Annual report of the Punjab Veterinary College and of the Civil Veterinary Department, Punjab - 1920-1925
Year: 1920
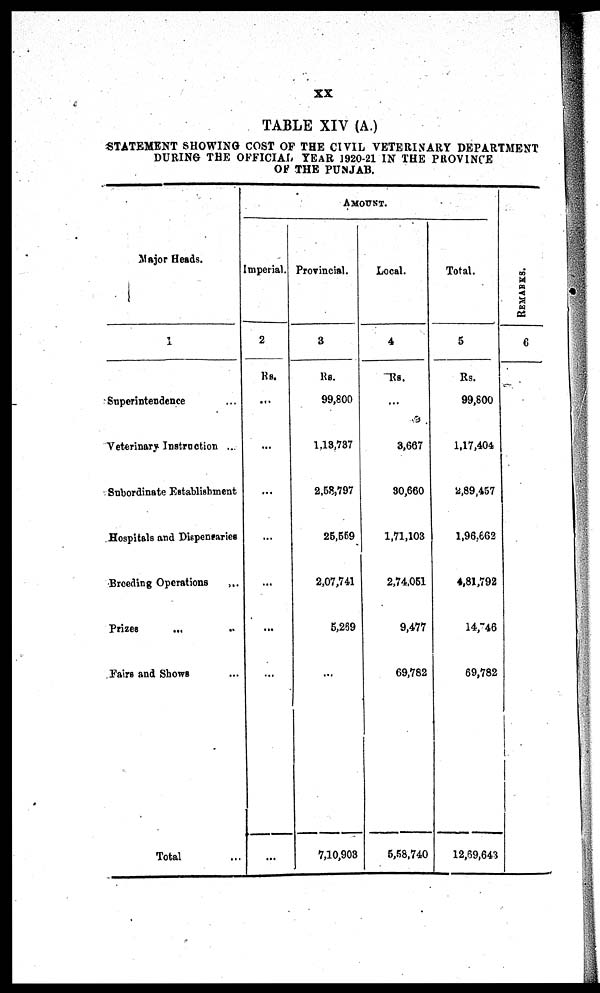
XX
TABLE XIV (A.)
STATEMENT SHOWI NG COST OF THE CIVIL VETERINARY DEPARTMENT
DURING THE OFFICIAL YEAR 1920-21 IN THE PROVINCE
OF THE PUNJAB.
Maj or Heads.
1
Superintendence ...
Veterinary Instruction ...
Subordinate Establishment
Hospitals and Dispensaries
Breeding Operations ...
Prizes ... ...
Fairs and Shows ...
Total ...
Imperial.
2
Rs.
...
...
...
...
...
...
...
...
AMOUNT.
Provincial.
3
Rs.
99, 800
1, 13, 737
2, 58, 797
25, 559
2, 07, 741
5, 239
...
7, 10, 903
Local.
4
Rs.
...
3, 667
30, 660
1, 71, 103
2, 74, 051
9, 477
69, 782
5, 58, 740
Total.
5
Rs.
99, 800
1, 17, 404
2, 89, 457
1, 96, 662
4, 81, 792
14, 746
69, 782
12, 69, 643
REMARKS.
6